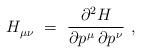
LaTeX: \begin{align*} H_{\mu\nu}^{}~ =~\frac{\partial^2 H}{\partial p\>\!^\mu \, \partial p\>\!^\nu}~, \end{align*}